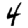
Digit: 4